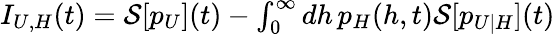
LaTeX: \begin{array}{r}{I_{U,H}(t)=\mathcal{S}[p_{U}](t)-\int_{0}^{\infty}dh\, p_{H}(h,t)\mathcal{S}[p_{U|H}](t)}\end{array}